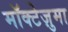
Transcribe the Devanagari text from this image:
मॉक्टेज़ुमा